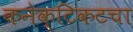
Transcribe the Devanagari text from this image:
कनेक्टिकटचा